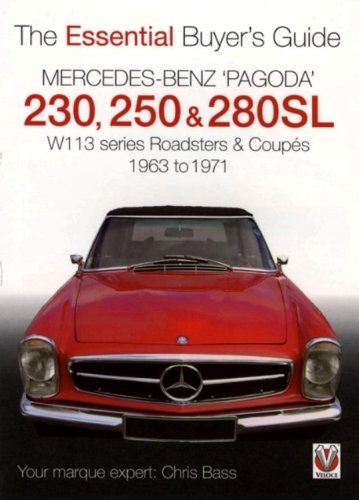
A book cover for Mercedes Benz 'Pagoda' 230, 250 & 280SL: The Essential Buyer's Guide; Chris Bass; Engineering & Transportation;